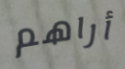
أراهم